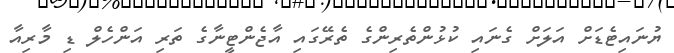
ޔުނައިޓެޑަށް އަލަށް ގެނައި ކުޅުންތެރިންގެ ތެރޭގައި އާޖެންޓީނާގެ ތަރި އަންހެލް ޑި މާރިއާ